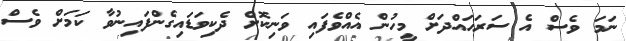
ނަމަ ވެސް އެ ސަރަހައްދަށް މީހުން އެއްވެފައި ވަނިކޮށް ދެކިވަޑައިގެންފައިނުވާ ކަމަށް ވެސް